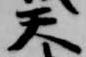
天